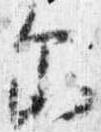
示